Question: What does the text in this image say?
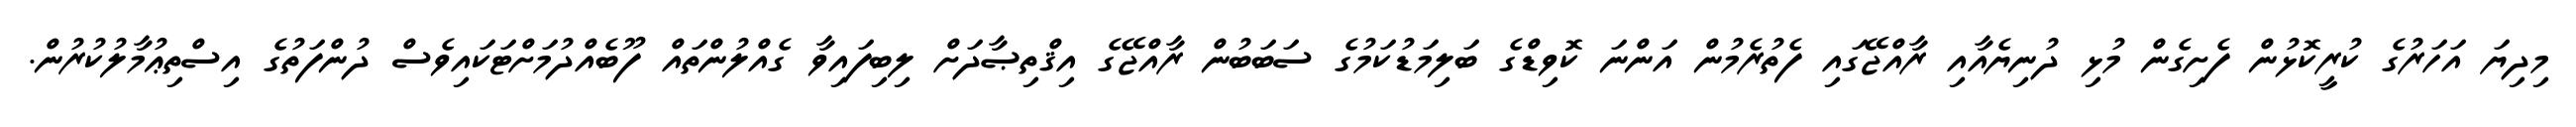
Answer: މިދިޔަ އަހަރުގެ ކުރީކޮޅުން ފެށިގެން މުޅި ދުނިޔެއާއި ރާއްޖޭގައި ފެތުރެމުން އަންނަ ކޮވިޑްގެ ބަލިމަޑުކަމުގެ ސަބަބުން ރާއްޖޭގެ އިޤްތިޞާދަށް ލިބިފައިވާ ގެއްލުންތައް ފޫބެއްދުމަށްޓަކައިވެސް ދުންފަތުގެ އިސްތިޢުމާލުކުރުން.